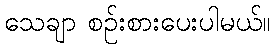
သေချာ စဉ်းစားပေးပါမယ်။